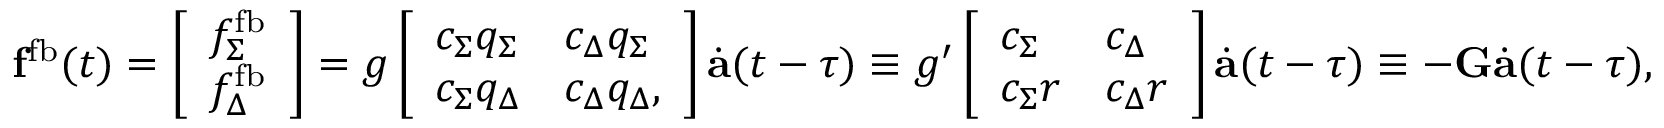
\mathbf { f } ^ { \mathrm { f b } } ( t ) = \left[ \begin{array} { l } { f _ { \Sigma } ^ { \mathrm { f b } } } \\ { f _ { \Delta } ^ { \mathrm { f b } } } \end{array} \right] = g \left[ \begin{array} { l l } { c _ { \Sigma } q _ { \Sigma } } & { c _ { \Delta } q _ { \Sigma } } \\ { c _ { \Sigma } q _ { \Delta } } & { c _ { \Delta } q _ { \Delta } , } \end{array} \right] \dot { \mathbf { a } } ( t - \tau ) \equiv g ^ { \prime } \left[ \begin{array} { l l } { c _ { \Sigma } } & { c _ { \Delta } } \\ { c _ { \Sigma } r } & { c _ { \Delta } r } \end{array} \right] \dot { \mathbf { a } } ( t - \tau ) \equiv - \mathbf { G } \dot { \mathbf { a } } ( t - \tau ) ,